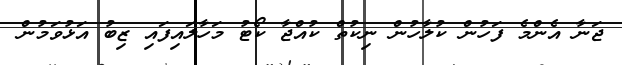
ޖަނާ އެންމެ ފަހުން ކުލާހުން ނިކުތް ކުއްޖާ ކޯޓު މަހާލައިފައި ޒިބު އަޅުވަމުން